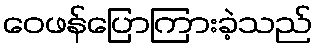
ဝေဖန်ပြောကြားခဲ့သည်